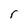
Character: r